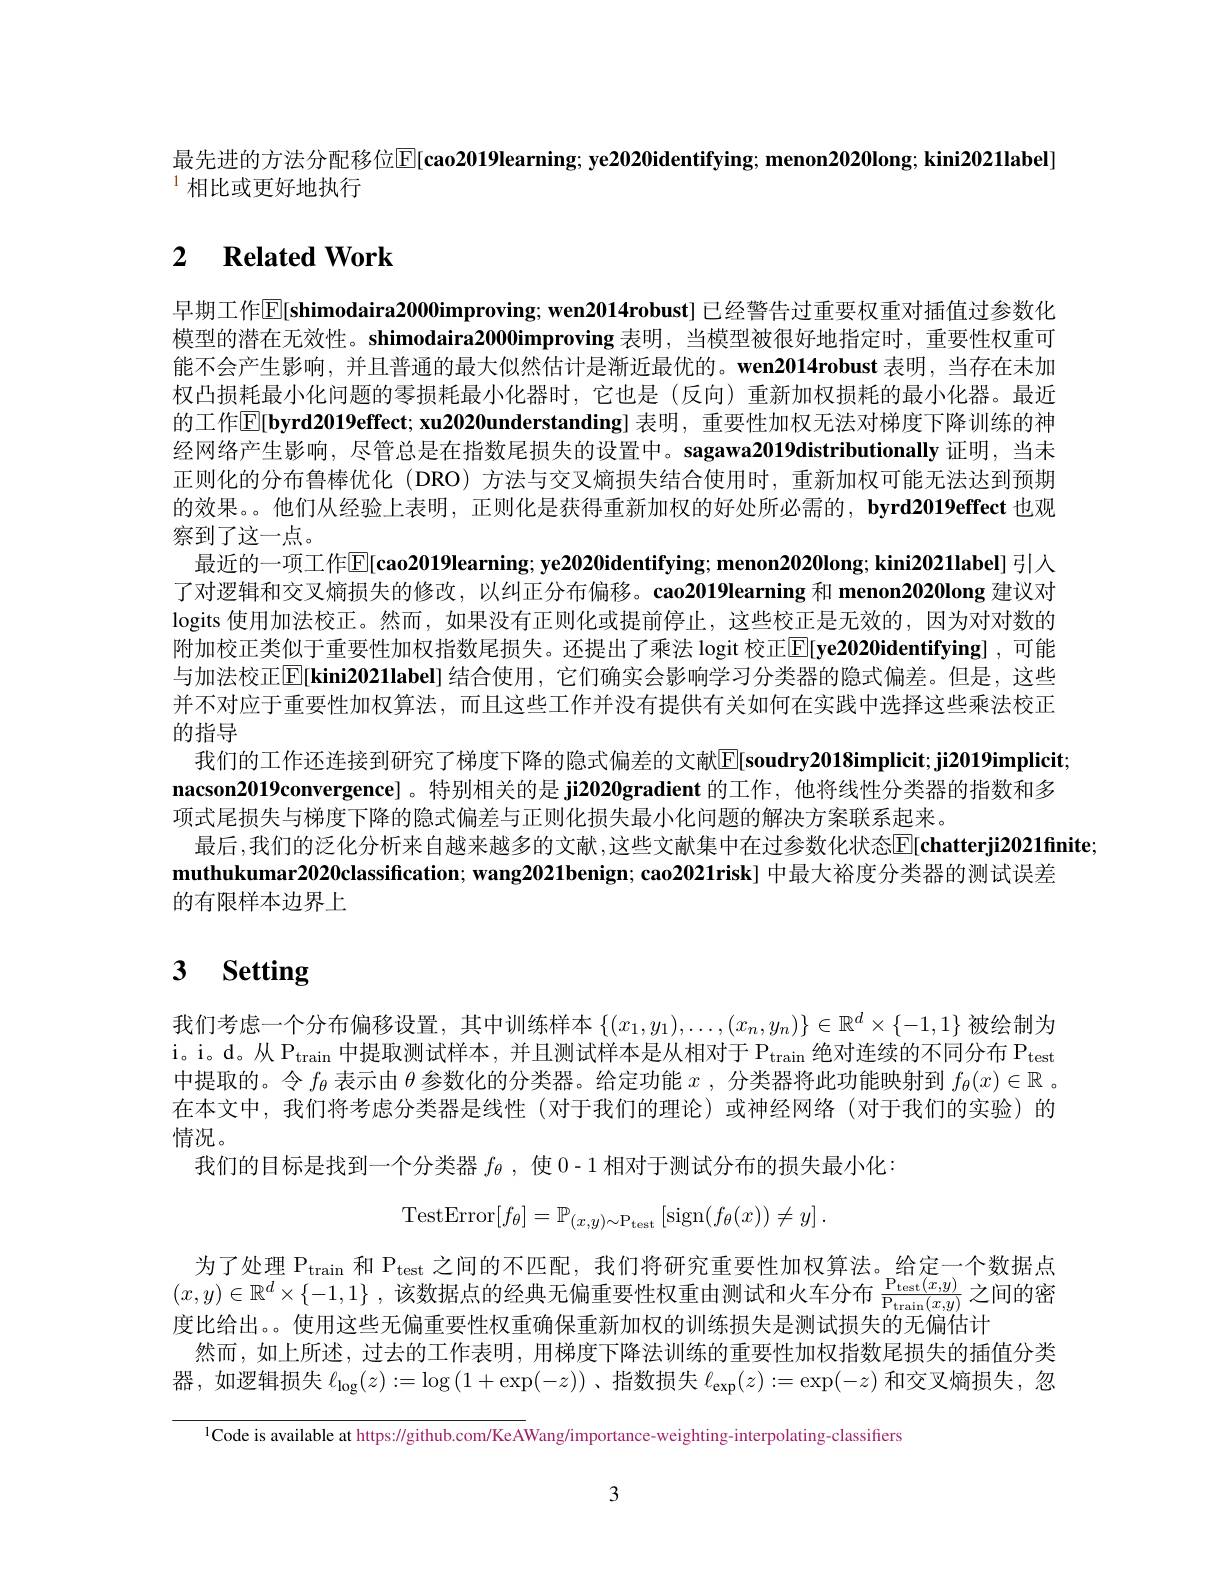
最先进的方法分配移位$\mathbb{E}[$cao2019learning; ye2020identifying; menon2020long; kini2021label]
$^{1}$相比或更好地执行

# 2 $\textbf{Related Work}$

早期工作$\mathbb{E}[$shimodaira2000improving; wen2014robust] 已经警告过重要权重对插值过参数化模型的潜在无效性。shimodaira2000improving 表明，当模型被很好地指定时，重要性权重可能不会产生影响，并且普通的最大似然估计是渐近最优的。wen2014robust 表明，当存在未加权凸损耗最小化问题的零损耗最小化器时，它也是(反向)重新加权损耗的最小化器。最近的工作$\mathbb{E} [ \mathbf{b} \textbf{yrd2019effect; xu2020understanding}]$ 表明，重要性加权无法对梯度下降训练的神经网络产生影响，尽管总是在指数尾损失的设置中。sagawa2019distributionally 证明，当未正则化的分布鲁棒优化 (DRO) 方法与交叉熵损失结合使用时，重新加权可能无法达到预期的效果。他们从经验上表明，正则化是获得重新加权的好处所必需的，byrd2019effect 也观察到了这一点。
最近的一项工作$\mathbb{E}[$cao2019learning; ye2020identifying; menon2020long; kini2021label] 引入了对逻辑和交叉熵损失的修改，以纠正分布偏移。cao2019learning 和 menon20200ong 建议对logits 使用加法校正。然而，如果没有正则化或提前停止，这些校正是无效的，因为对对数的附加校正类似于重要性加权指数尾损失。还提出了乘法 logit 校正$\overline {\mathrm{E} }[ \mathbf{ye2020identifying}] $,可能与加法校正$\mathbb{E} [ \textbf{kini2021label] 结 合 使 用 , 它 们 确 实 会 影 响 学 习 分 类 器 的 隐 式 偏 差 。但 是 , 这 些 }$ 并不对应于重要性加权算法，而且这些工作并没有提供有关如何在实践中选择这些乘法校正的指导
我们的工作还连接到研究了梯度下降的隐式偏差的文献$\mathbb{E} [ \textbf{soudry2018implicit; ji2019implicit; }]$ nacson2019convergence]。特别相关的是 ji2020gradient 的工作，他将线性分类器的指数和多项式尾损失与梯度下降的隐式偏差与正则化损失最小化问题的解决方案联系起来。
最后 ,我们的泛化分析来自越来越多的文献 ,这些文献集中在过参数化状态E[chatterji2021finite;
muthukumar2020classification; wang2021benign; cao2021risk] 中最大裕度分类器的测试误差
的有限样本边界上

# 3 $\textbf{Setting}$

我们考虑一个分布偏移设置，其中训练样本$\{(x_1,y_1),\ldots,(x_n,y_n)\}\in\mathbb{R}^d\times\{-1,1\}$被绘制为i。i。d。从 $P_{train}$中提取测试样本，并且测试样本是从相对于 P$_\mathrm{train}$ 绝对连续的不同分布 P$_\mathrm{test}$ 中提取的。令$f_\theta$表示由$\theta$参数化的分类器。给定功能$x$,分类器将此功能映射到$f_\theta(x)\in\mathbb{R}$ 。在本文中，我们将考虑分类器是线性(对于我们的理论)或神经网络(对于我们的实验)的情况。
我们的目标是找到一个分类器$f_\theta$,使 0-1 相对于测试分布的损失最小化：
$$\mathrm{TestError}[f_\theta]=\mathbb{P}_{(x,y)\sim\mathrm{P}_{\mathrm{test}}}\left[\mathrm{sign}(f_\theta(x))\neq y\right].$$
为了处理 P$_{\mathrm{train}}$和 P$_{\mathrm{test}}$之间的不匹配，我们将研究重要性加权算法。给定一个数据点
<FigureHere>
度比给出。。使用这些无偏重要性权重确保重新加权的训练损失是测试损失的无偏估计

$(x,y)\in\mathbb{R}^d\times\{-1,1\}$
然而，如上所述，过去的工作表明，用梯度下降法训练的重要性加权指数尾损失的插值分类器，如逻辑损失$\ell_\mathrm{log}(z):=\log\left(1+\exp(-z)\right)$、指数损失$\ell_\mathrm{exp}(z):=\exp(-z)$和交叉熵损失，忽

$^{1}$Code is available at https://github.com/KeAWang/importance-weighting-interpolating-classifiers

3